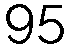
95